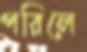
পরিলে